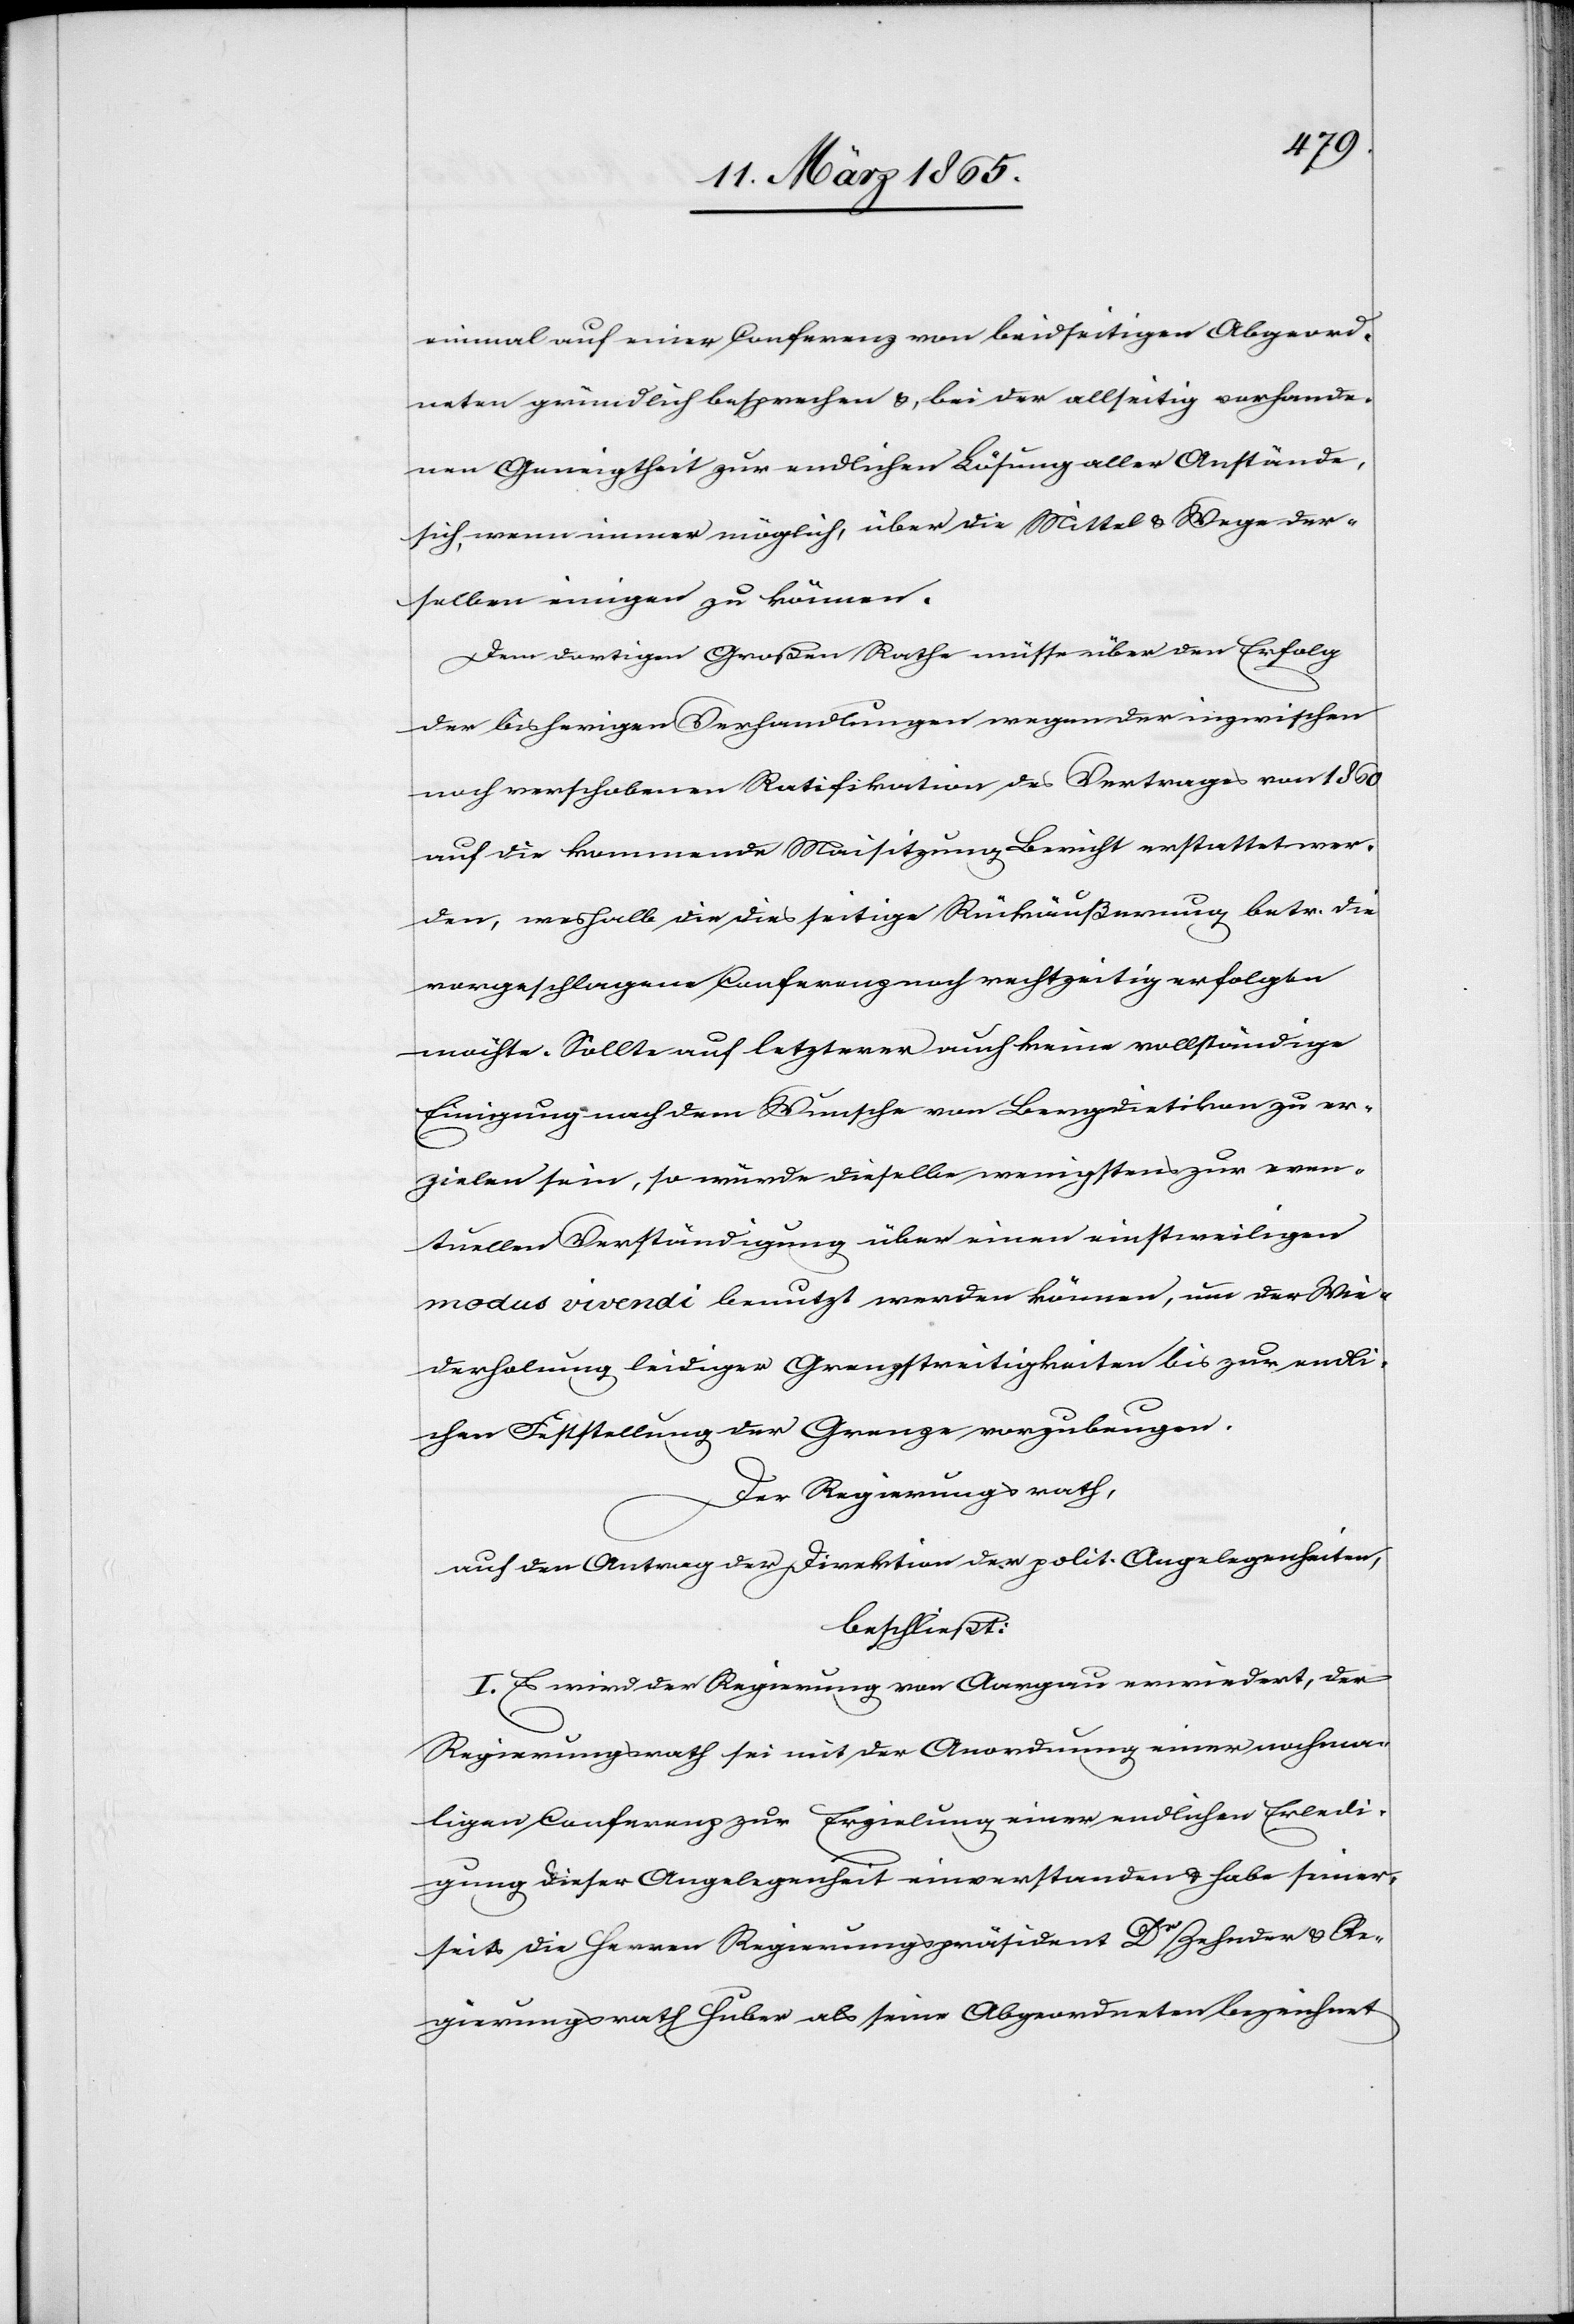
einmal auf einer Conferenz von beidseitigen Abgeord¬
neten gründlich besprechen &, bei der allseitig vorhande¬
nen Geneigtheit zur endlichen Lösung aller Anstände,
sich, wenn immer möglich, über die Mittel & Wege der¬
selben einigen zu können.
Dem dortigen Großen Rathe müsse über den Erfolg
der bisherigen Verhandlungen wegen der inzwischen
noch verschobenen Ratifikation des Vertrages von 1860
auf die kommende Maisitzung Bericht erstattet wer¬
den, weshalb die diesseitige Rückäußerung betr. die
vorgeschlagene Conferenz noch rechtzeitig erfolgen
möchte. Sollte auf letzterer auch keine vollständige
Einigung nach dem Wunsche von Bergdietikon zu er¬
zielen sein, so würde dieselbe wenigstens zur even¬
tuellen Verständigung über einen einstweiligen
modus vivendi benutzt werden können, um der Wie¬
derholung leidiger Grenzstreitigkeiten bis zur endli¬
chen Feststellung der Grenze vorzubeugen.
Der Regierungsrath,
auf den Antrag der Direktion der polit. Angelegenheiten,
beschließt:
I. Es wird der Regierung von Aargau erwiedert, der
Regierungsrath sei mit der Anordnung einer nochma¬
ligen Conferenz zur Erzielung einer endlichen Erledi¬
gung dieser Angelegenheit einverstanden u. habe seiner¬
seits die Herren Regierungspräsident Dr Zehnder & Re¬
gierungsrath Huber als seine Abgeordneten bezeichnet